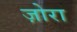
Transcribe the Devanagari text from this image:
ज़ोरा